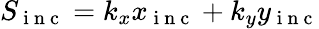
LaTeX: S_{\mathrm{~i~n~c~}}=k_{x}x_{\mathrm{~i~n~c~}}+k_{y}y_{\mathrm{~i~n~c~}}